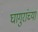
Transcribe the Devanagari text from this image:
घागुरांच्या